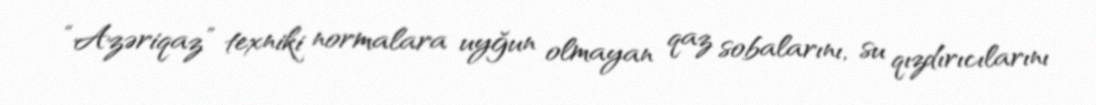
“Azəriqaz” texniki normalara uyğun olmayan qaz sobalarını, su qızdırıcılarını